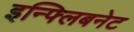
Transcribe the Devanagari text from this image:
इन्फ्लिबनेट